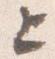
上